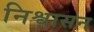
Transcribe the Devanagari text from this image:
निश्वासन